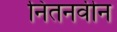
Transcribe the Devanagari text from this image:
नितनवीन